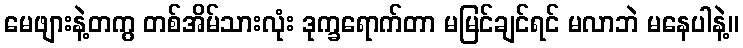
မေဖျားနဲ့တကွ တစ်အိမ်သားလုံး ဒုက္ခရောက်တာ မမြင်ချင်ရင် မလာဘဲ မနေပါနဲ့။